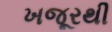
ખજૂરથી